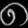
Digit: ၈